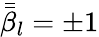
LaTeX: \bar{\bar{\beta}}_{l}=\pm 1